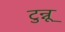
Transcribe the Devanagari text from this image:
टुन्नू